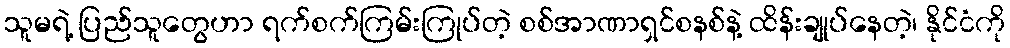
သူမရဲ့ ပြည်သူတွေဟာ ရက်စက်ကြမ်းကြုပ်တဲ့ စစ်အာဏာရှင်စနစ်နဲ့ ထိန်းချုပ်နေတဲ့၊ နိုင်ငံကို